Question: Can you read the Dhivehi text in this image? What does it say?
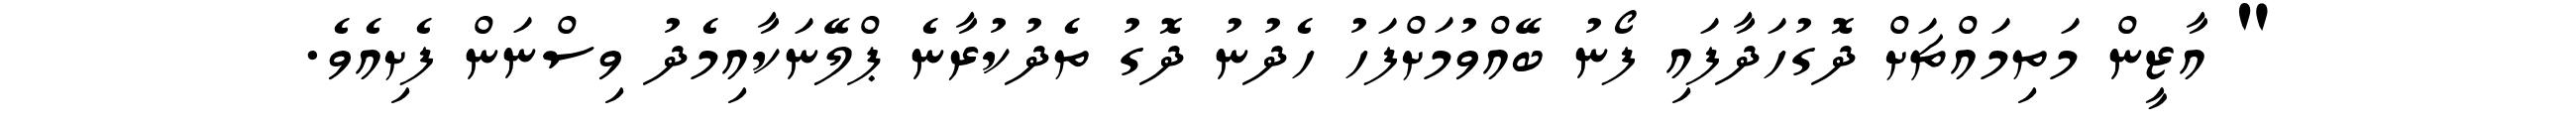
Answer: " އާޒީން މަތިމައްޗަށް ދޮގުހަދާފައި ފޯނު ބޭއްވުމަށްފަހު ހެދުނު ދޮގު ތެދުކުރާނެ ޕްލޭނަކާއިމެދު ވިސްނަން ފެށިއެވެ.